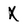
Character: X